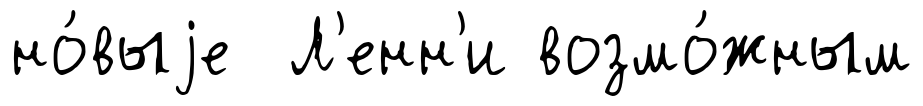
но́выjе Л'енн'и возмо́жным